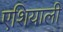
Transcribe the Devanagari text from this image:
एशियाली